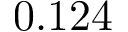
0 . 1 2 4